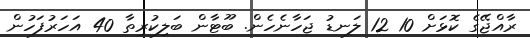
ރާއްޖޭގެ ކޮޅަށް 10 12 ލަނޑު ޖަހާނެހެން. ބޫޓާން ބަލިކުރިތާ 40 އަހަރުފަހުން